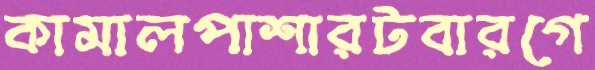
কামালপাশারটবারগে